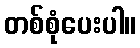
တစ်စုံပေးပါ။